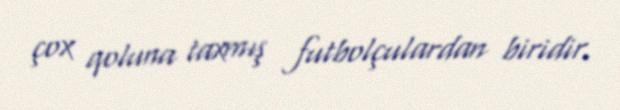
çox qoluna taxmış futbolçulardan biridir.